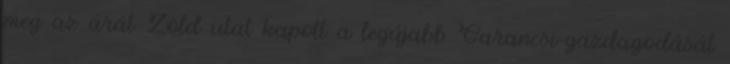
meg az árát Zöld utat kapott a legújabb Garancsi-gazdagodását